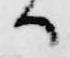
候